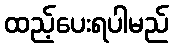
ထည့်ပေးရပါမည်